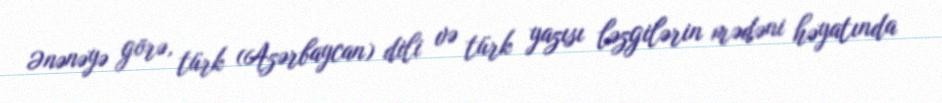
Ənənəyə görə, türk (Azərbaycan) dili və türk yazısı ləzgilərin mədəni həyatında